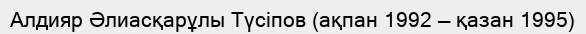
Алдияр Әлиасқарұлы Түсіпов (ақпан 1992 — қазан 1995)